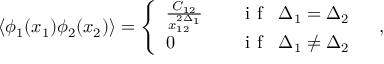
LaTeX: \langle \phi _ { 1 } ( x _ { 1 } ) \phi _ { 2 } ( x _ { 2 } ) \rangle = \left\{ \begin{array} { l l } { { \frac { C _ { 1 2 } } { x _ { 1 2 } ^ { 2 \Delta _ { 1 } } } } } & { { \quad \textrm { i f } \; \; \Delta _ { 1 } = \Delta _ { 2 } \medskip } } \\ { { 0 } } & { { \quad \textrm { i f } \; \; \Delta _ { 1 } \neq \Delta _ { 2 } \, \, \, } } \end{array} \right. \, \, ,